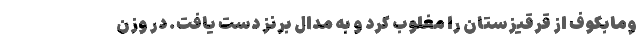
ومابکوف از قرقیزستان را مغلوب کرد و به مدال برنز دست یافت. در وزن